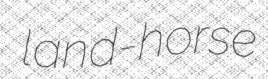
land-horse